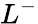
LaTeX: L^{-}